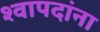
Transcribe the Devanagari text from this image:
श्वापदांना